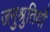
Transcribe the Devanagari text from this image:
जनुश्रुतियाँ